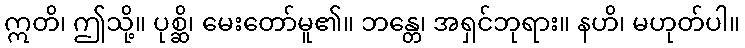
ဣတိ၊ ဤသို့။ ပုစ္ဆိ၊ မေးတော်မူ၏။ ဘန္တေ၊ အရှင်ဘုရား။ နဟိ၊ မဟုတ်ပါ။